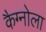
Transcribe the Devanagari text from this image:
कैग्नोला